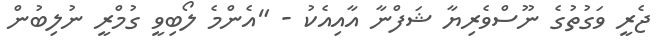
ޖެރީ ވަގުތުގެ ނޫސްވެރިޔާ ޝަފްނާ އާއިއެކު - "އެންމެ ލޯބިވީ ގުމްރީ ނުލިބުން